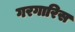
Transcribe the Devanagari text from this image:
गरगारिस